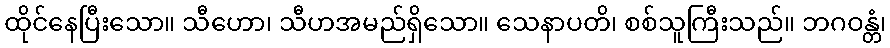
ထိုင်နေပြီးသော။ သီဟော၊ သီဟအမည်ရှိသော။ သေနာပတိ၊ စစ်သူကြီးသည်။ ဘဂဝန္တံ၊